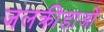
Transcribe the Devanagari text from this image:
जलक्रीडाओं